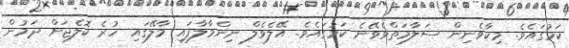
ކަމުގައެވެ. މިކާވެނިން ސަލާމަތްވެވޭނެ ކަމުގައެވެ. އޭލެވެލް ނިންމާލާފައި މާލޭގައި ހުރެ ކޮލެޖަށް ދަމުން